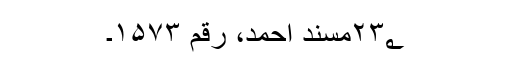
۲۳؂مسند احمد، رقم ۱۵۷۳۔